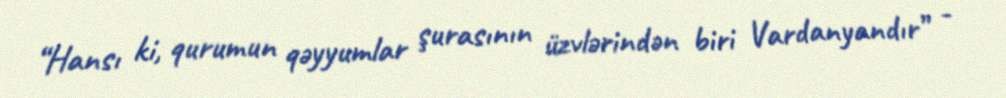
“Hansı ki, qurumun qəyyumlar şurasının üzvlərindən biri Vardanyandır” -